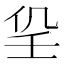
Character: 𡔟